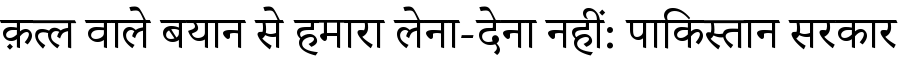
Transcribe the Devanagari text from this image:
क़त्ल वाले बयान से हमारा लेना-देना नहीं: पाकिस्तान सरकार